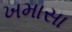
ખમાસા